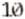
10